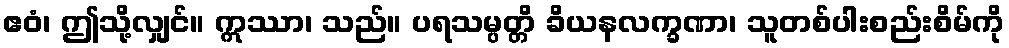
ဧဝံ၊ ဤသို့လျှင်။ ဣဿာ၊ သည်။ ပရသမ္ပတ္တိ ခိယနလက္ခဏာ၊ သူတစ်ပါးစည်းစိမ်ကို